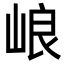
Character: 㟍